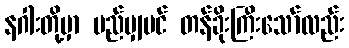
နဂါးတို့မှာ မည်မျှပင် တန်ခိုးကြီးသော်လည်း